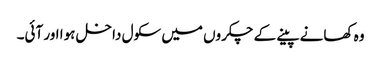
وہ کھانے پینے کے چکروں میں سکول داخل ہوا اور آئی۔